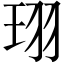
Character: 珝